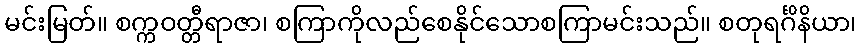
မင်းမြတ်။ စက္ကဝတ္တီရာဇာ၊ စကြာကိုလည်စေနိုင်သောစကြာမင်းသည်။ စတုရင်္ဂိနိယာ၊